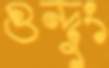
গুন্দুং